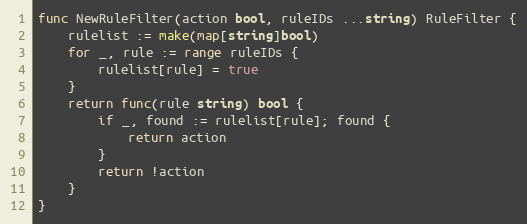
Language: Go
func NewRuleFilter(action bool, ruleIDs ...string) RuleFilter {
	rulelist := make(map[string]bool)
	for _, rule := range ruleIDs {
		rulelist[rule] = true
	}
	return func(rule string) bool {
		if _, found := rulelist[rule]; found {
			return action
		}
		return !action
	}
}